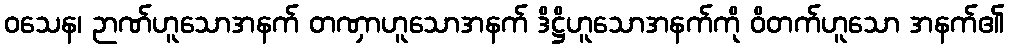
ဝသေန၊ ဉာဏ်ဟူသောအနက် တဏှာဟူသောအနက် ဒိဋ္ဌိဟူသောအနက်ကို ဝိတက်ဟူသော အနက်၏